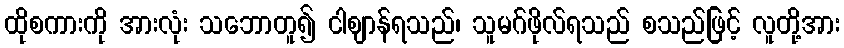
ထိုစကားကို အားလုံး သဘောတူ၍ ငါဈာန်ရသည်၊ သူမဂ်ဖိုလ်ရသည် စသည်ဖြင့် လူတို့အား